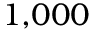
1 { , } 0 0 0